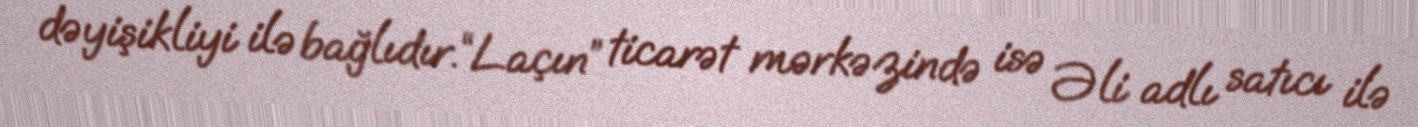
dəyişikliyi ilə bağlıdır.“Laçın” ticarət mərkəzində isə Əli adlı satıcı ilə